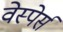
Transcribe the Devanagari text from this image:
वेस्पेर्स